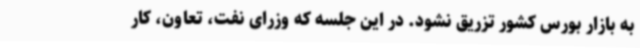
به بازار بورس کشور تزریق نشود. در این جلسه که وزرای نفت، تعاون، کار